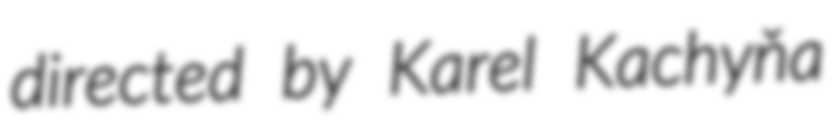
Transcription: directed by Karel Kachyňa